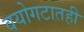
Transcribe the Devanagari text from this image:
वयोगटातही